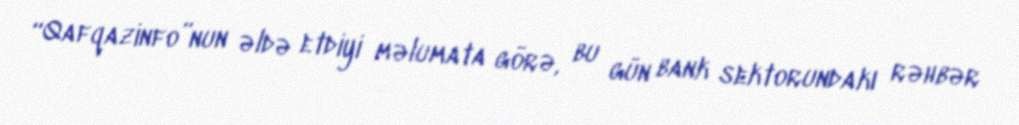
“Qafqazinfo”nun əldə etdiyi məlumata görə, bu gün bank sektorundakı rəhbər